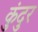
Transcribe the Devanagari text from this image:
कुंदुर